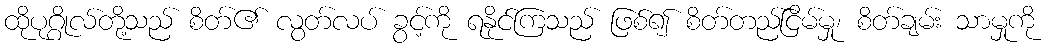
ထိုပုဂ္ဂိုလ်တို့သည် စိတ်၏ လွတ်လပ် ခွင့်ကို ရနိုင်ကြသည် ဖြစ်၍ စိတ်တည်ငြိမ်မှု၊ စိတ်ချမ်း သာမှုကို